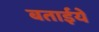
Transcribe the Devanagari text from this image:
बताईये